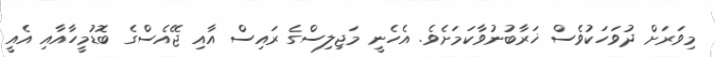
މިވަރަށް ދުވަހަކުވެސް ޚަރާބުނުވާކަމަށެވެ. އެހެނީ މަޖިލިސްގެ ރައިސް އާއި ޖޭއެސްގެ ބޮޑުމީހާއާއި އެއީ